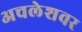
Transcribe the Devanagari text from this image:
अचलेशवर